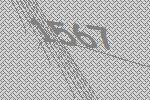
1567